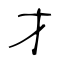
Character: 才